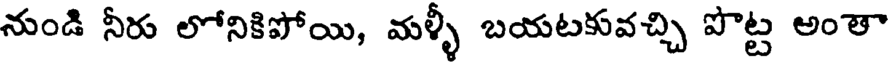
నుండి నీరు లోనికిపోయి, మళ్ళీ బయటకువచ్చి పొట్ట అంతా